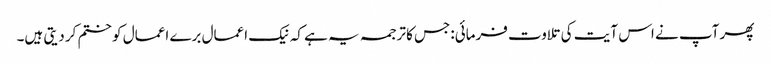
پھر آپ نے اس آیت کی تلاوت فرمائی:جس کا ترجمہ یہ ہے کہ نیک اعمال برے اعمال کو ختم کر دیتی ہیں۔